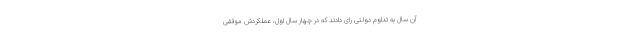
آن سال به تداوم دولتی رای دادند که در چهار سال اول، عملکردش موفقی